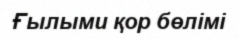
Ғылыми қор бөлімі